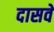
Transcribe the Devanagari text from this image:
दासवे